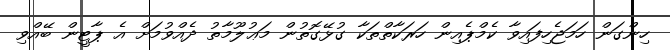
ހިންގަން ހަމަޖެހިފައިވާ ކެމްޕެއިން ހަރަކާތްތަކާ ގުޅޭގޮތުން މަޢުލޫމާތު ދެއްވުމަށް އެ ޕާޓީން ބޭއްވި